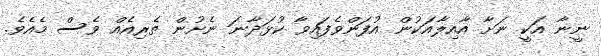
ނީނާ އަކީ ނަށާ އާއިލާއަކުން އުފަންވެފައިވާ ކުޅަދާނަ ނެށުން ތެރިއެއް ވެސް މެއެވެ.